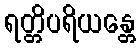
ရတ္တိပရိယန္တေ